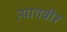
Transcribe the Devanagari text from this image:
त्यागवीर